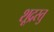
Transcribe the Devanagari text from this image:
शूद्रस्तु